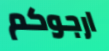
ارجوكم